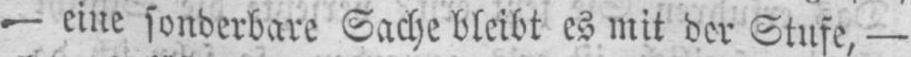
- eine sonderbare Sache bleibt es mit der Stufe, -